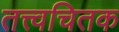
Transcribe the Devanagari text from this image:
तत्त्वचितक